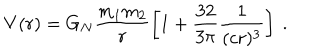
V ( r ) = G _ { N } \frac { m _ { 1 } m _ { 2 } } { r } \left[ 1 + \frac { 3 2 } { 3 \pi } \frac { 1 } { ( c r ) ^ { 3 } } \right] ~ .